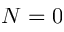
N = 0